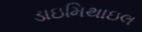
ડાઇમિથાઇલ